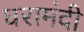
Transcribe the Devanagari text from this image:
घरामंदी